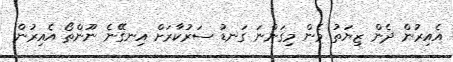
އެއިރުން ދެން ޒިޔަތު މެން މިގަންނަ ގަނޑު ސަރުކާރަށް އިނގޭނެ ނޫންތޯ އެއިރުން